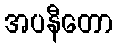
အပနီတော